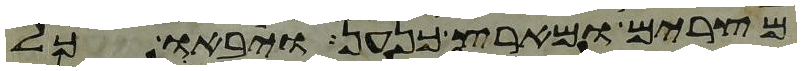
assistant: מצרים ומארץ כנען ויבאו כל